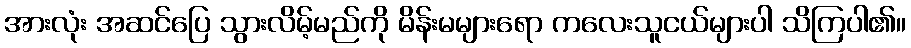
အားလုံး အဆင်ပြေ သွားလိမ့်မည်ကို မိန်းမများရော ကလေးသူငယ်များပါ သိကြပါ၏။